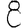
Digit: 8